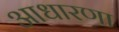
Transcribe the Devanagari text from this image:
आधारणा